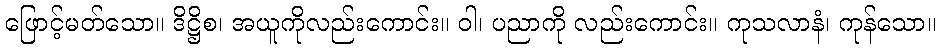
ဖြောင့်မတ်သော။ ဒိဋ္ဌိစ၊ အယူကိုလည်းကောင်း။ ဝါ၊ ပညာကို လည်းကောင်း။ ကုသလာနံ၊ ကုန်သော။